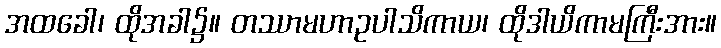
အထခေါ၊ ထိုအခါ၌။ တဿာမဟာဥပါသိကာယ၊ ထိုဒါယိကာမကြီးအား။